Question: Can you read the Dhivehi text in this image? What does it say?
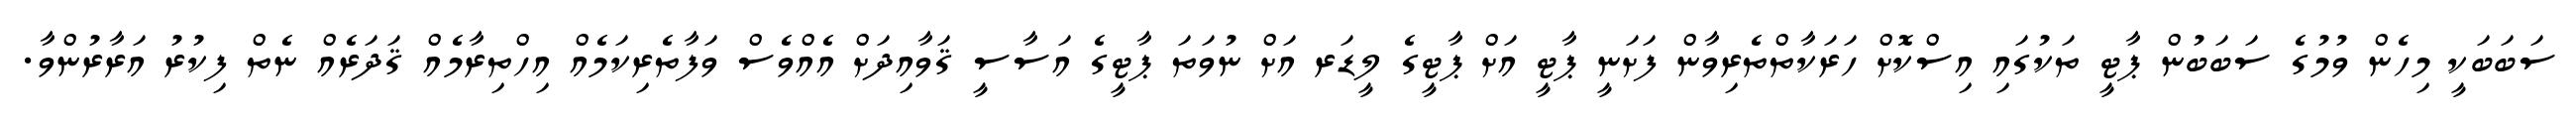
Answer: ސަބަބަކީ މިހެން ވުމުގެ ސަބަބުން ޕާޓީ ތަކުގައި އިސްކޮށް ހަރަކާތްތެރިވާން ފަށަނީ ޕާޓީ އަށް ޕާޓީގެ ލީޑަރ އަށް ނުވަތަ ޕާޓީގެ އަސާސީ ޤަވާއިދަށް އެއްވެސް ވަފާތެރިކަމެއް އިހްތިރާމެއް ޤަދަރެއް ނެތް ފިކުރު އަރާރުންވާ.